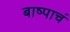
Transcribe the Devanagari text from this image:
बाष्पाचं